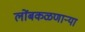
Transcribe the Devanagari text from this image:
लोंबकळणार्‍या